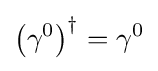
\left(\gamma ^{0}\right)^{\dagger }=\gamma ^{0}